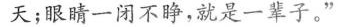
天；眼睛一闭不睁，就是一辈子。”